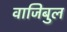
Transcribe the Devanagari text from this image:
वाजिबुल